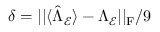
\delta = | | \langle \hat { \Lambda } _ { \mathcal { E } } \rangle - \Lambda _ { \mathcal { E } } | | _ { \mathrm { F } } / 9